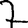
Digit: 7